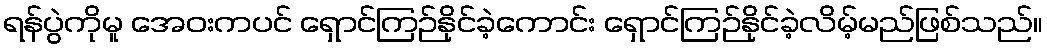
ရန်ပွဲကိုမူ အေဝးကပင် ရှောင်ကြဉ်နိုင်ခဲ့ကောင်း ရှောင်ကြဉ်နိုင်ခဲ့လိမ့်မည်ဖြစ်သည်။